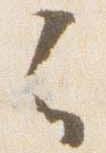
云